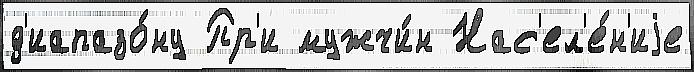
д'иапазо́ну Пр'и мужчи́н Нас'ел'е́н'иjе